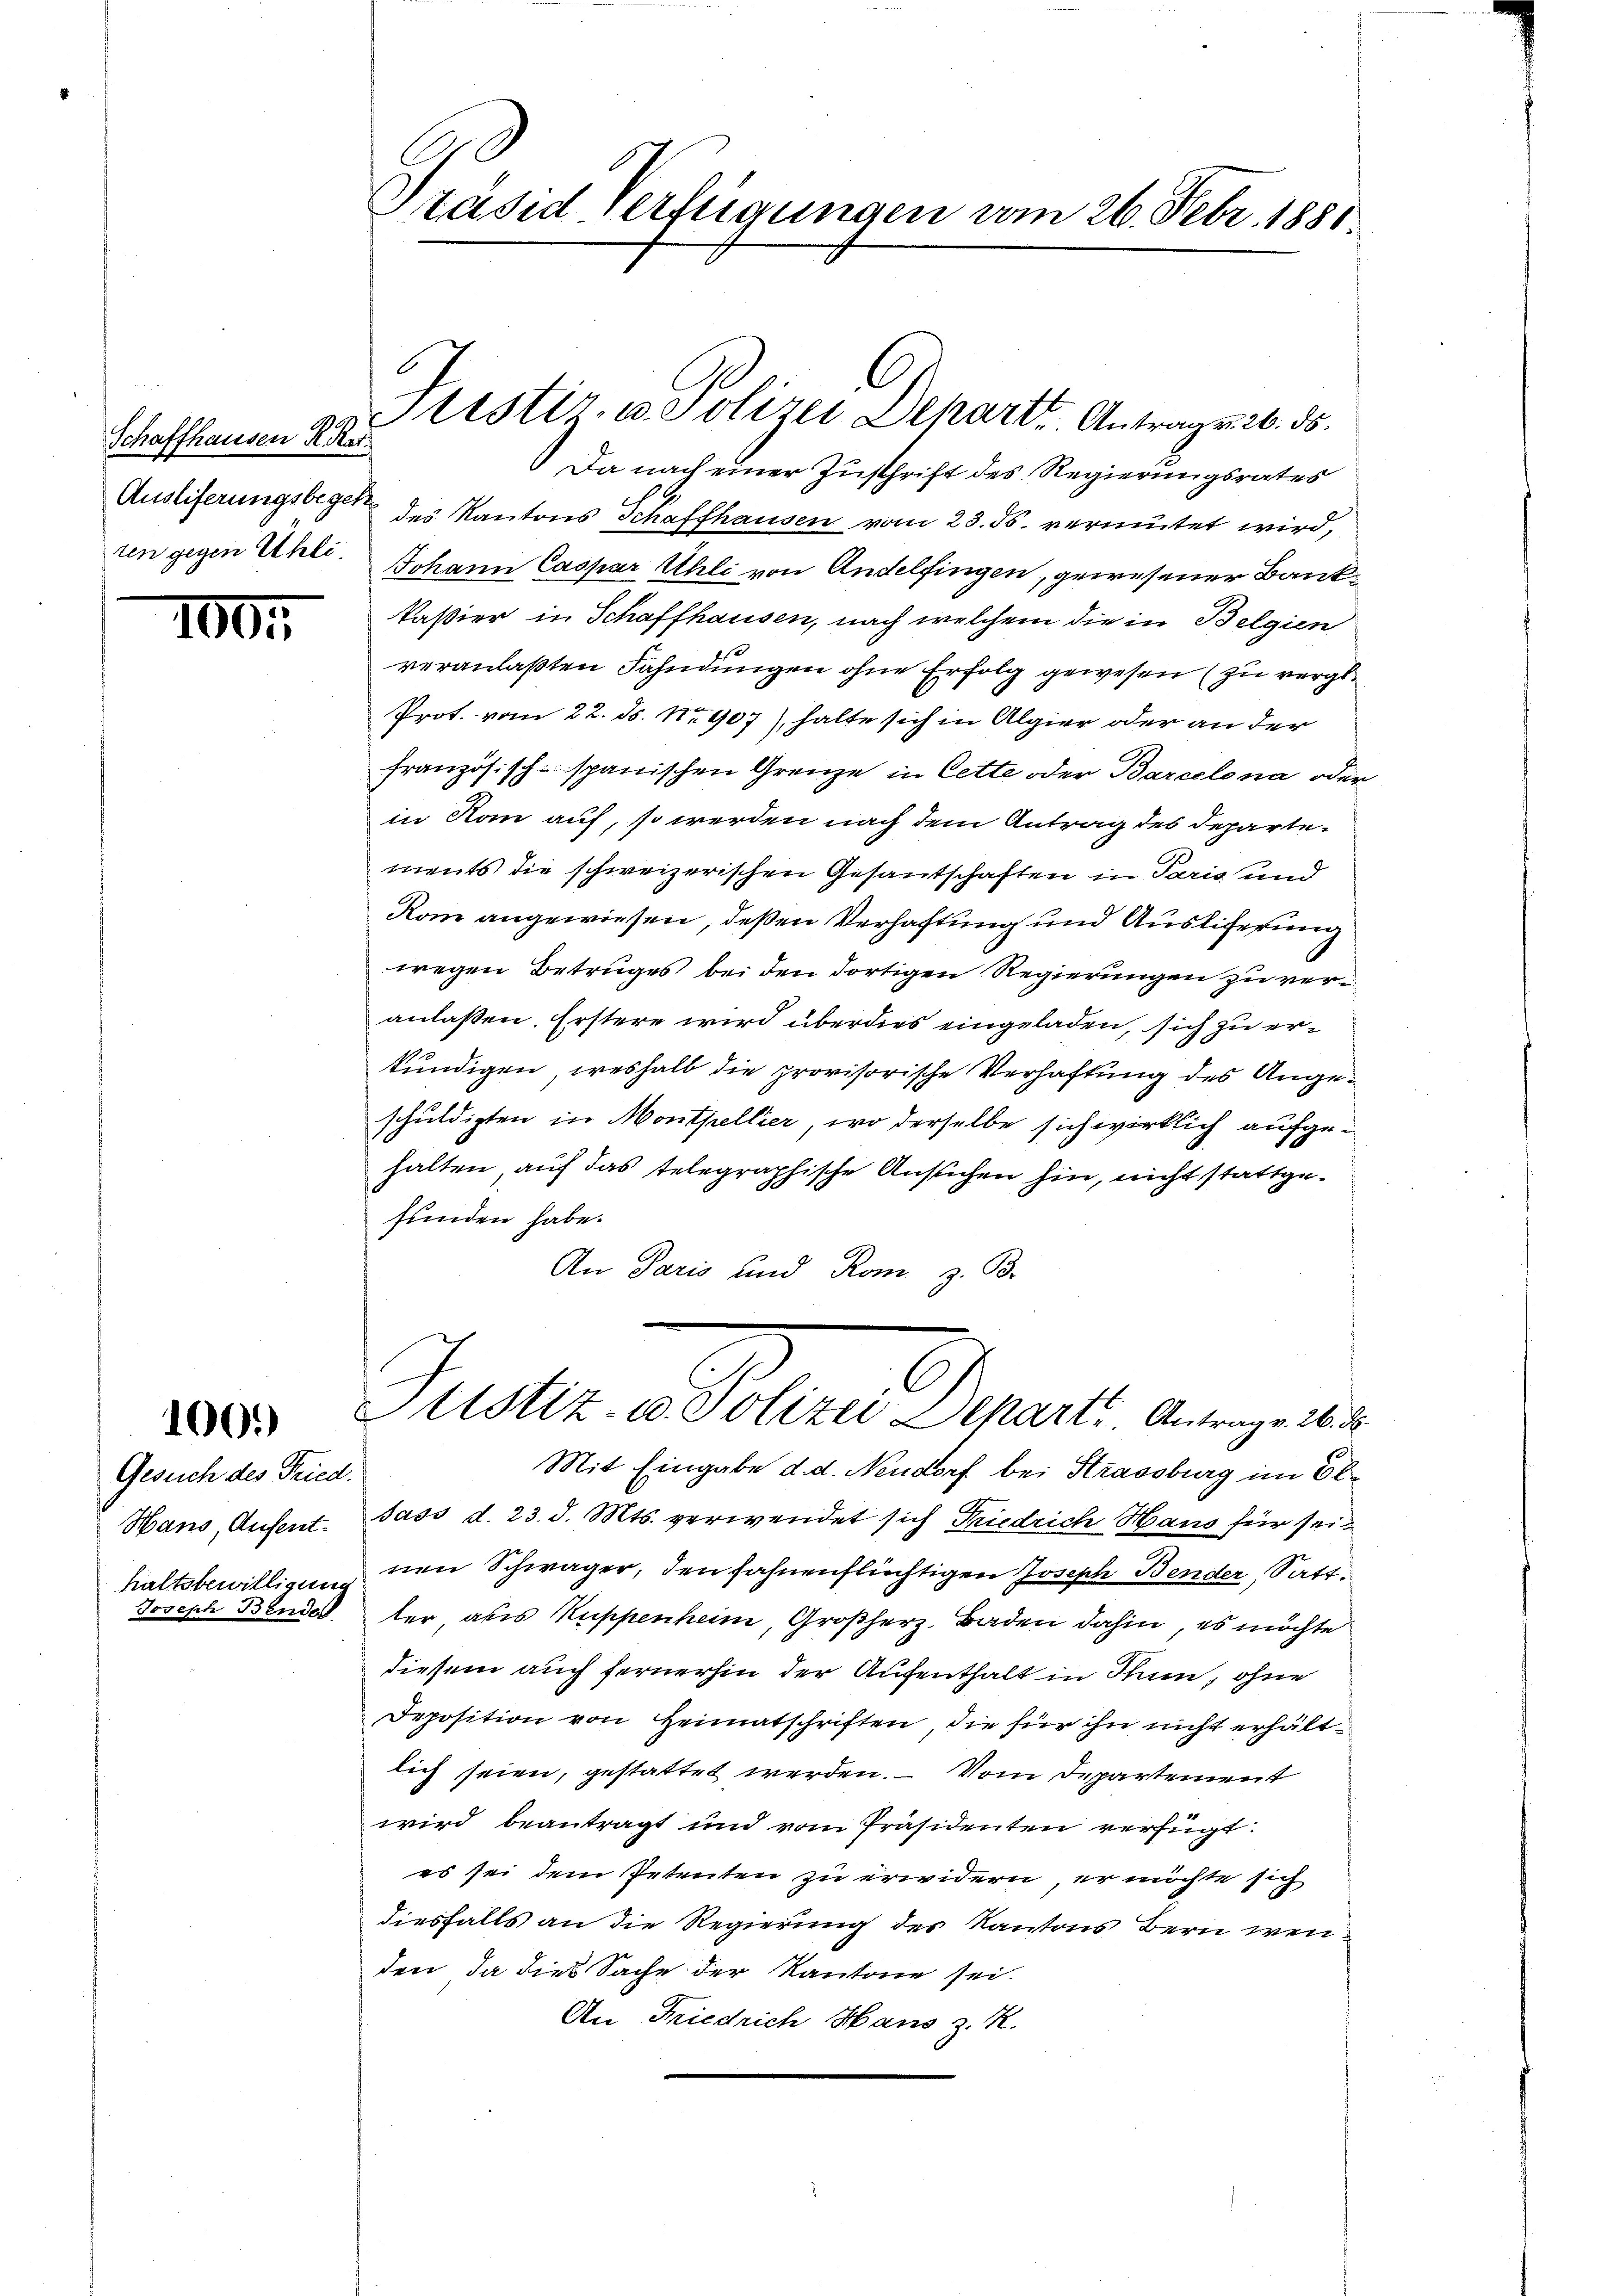
Schaffhausen R. Rat.
ren gegen Uhli,

100.

1001)

Gesuch des Fried.
Hans, Aufent-
haltsbewilligung
Joseph Bende

Präsid verfügungen vom 26. Febr. 1881

Da nach einer Zuschrift des Regierungsrates
Ausliferungsbeger des Kantons Schaffhausen vom 23. ds. vermutet wird,
Johann Caspar Uhli von Andelfingen, gewesener Bankkassier in Schaffhausen, nach welchem die in Belgien
veranlaßten Fahndungen ohne Erfolg gewesen (zu vergle
Prot. vom 22. ds. Nr. 907), halte sich in Algier oder an der
französisch-spanischen Grenze in Cette oder Barcelena oder
in Rom auf, so werden nach dem Antrag des Departements die schweizerischen Gesantschaften in Paris und
Rom angewiesen, deßen Verhaftung und Ausliferung
wegen Betruges bei den dortigen Regierungen zu veranlaßen. Erstere wird überdies eingeladen, sich zu erkundigen, weshalb die provisorische Verhaftung des Angeschuldigten in Montpellier, wo derselbe sich wirklich aufgehalten, auf das telegraphische Ansuchen hin, nicht stattgefunden habe.
An Paris und Rom z. B.

tistir, u. Polizei Depart. Antrag v. 26. ds.

6)
Sistiz- u. Polizei Depart. Antragen 26. ds.

Mit Eingabe d. d. Neudorf bei Strassburg im El
Jass d. 23. d. Mts. verwendet sich Friedrich Haus für sein
nen Schwäger, den fahnenflüchtigen Joseph Bender, Satt.
ter, als Kuppenheim, Großherz, Baden dahin, es möchte
diesem auch fernerhin der Aufenthalt in Thun, ohne
Deposition von Heimatschriften, die für ihn nicht erhältlich seien, gestattet werden. — Vom Departement
wird beantragt und vom Präsidenten verfügt:
es sei dem Petenten zu erwidern, er möchte sich
diesfalls an die Regierung des Kantons Bern wenden, da dies Sache der Kantone sei.
An Friedrich Hans z. R.